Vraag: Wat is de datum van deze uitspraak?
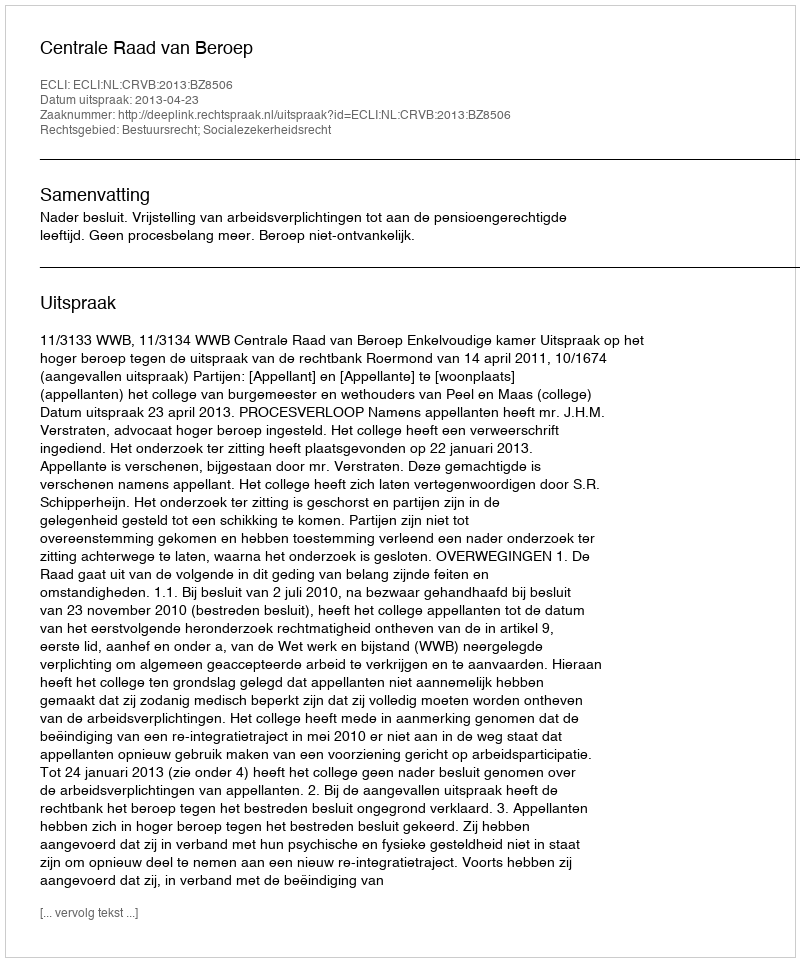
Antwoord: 2013-04-23